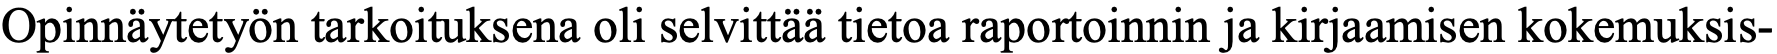
Opinnäytetyön tarkoituksena oli selvittää tietoa raportoinnin ja kirjaamisen kokemuksis-